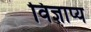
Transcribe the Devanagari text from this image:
विज्ञाप्य